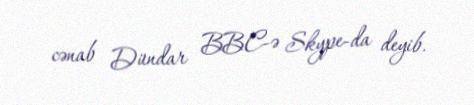
cənab Dündar BBC-ə Skype-da deyib.